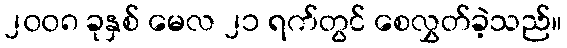
၂၀၀၈ ခုနှစ် မေလ ၂၁ ရက်တွင် စေလွှတ်ခဲ့သည်။